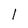
Character: 1